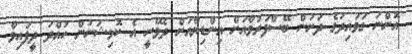
އޮންނަ ގަވައިދުގެ ދަށުން ބޭސްފަރުވާއަށް އިންޑިޔާއަށް ދެވޭނީ އެ ކޮމިޝަނުން ހުއްދަ ދީފައިވާ